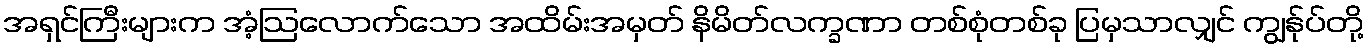
အရှင်ကြီးများက အံ့ဩလောက်သော အထိမ်းအမှတ် နိမိတ်လက္ခဏာ တစ်စုံတစ်ခု ပြမှသာလျှင် ကျွန်ုပ်တို့